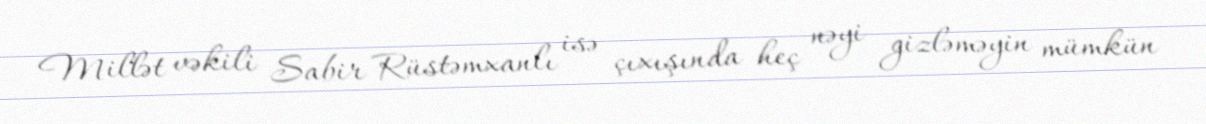
Millət vəkili Sabir Rüstəmxanlı isə çıxışında heç nəyi gizləməyin mümkün